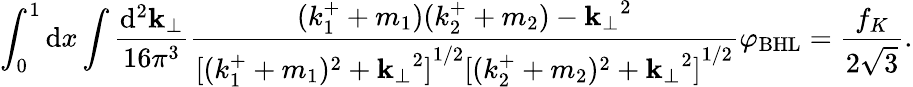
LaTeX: \int_{0}^{1}{\mathrm{d}}x\int\frac{{\mathrm{d}}^{2}{\mathbf k}_{\perp}}{16{\pi}^{3}}\frac{(k_{1}^{+}+m_{1})(k_{2}^{+}+m_{2})-{{\mathbf k}_{\perp}}^{2}}{{[(k_{1}^{+}+m_{1})^{2}+{{\mathbf k}_{\perp}}^{2}]}^{1/2}{[(k_{2}^{+}+m_{2})^{2}+{{\mathbf k}_{\perp}}^{2}]}^{1/2}}{\varphi}_{\mathrm{BHL}}=\frac{f_{K}}{2\sqrt{3}}.